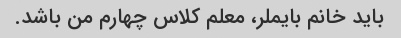
باید خانم بایملر، معلم کلاس چهارم من باشد.